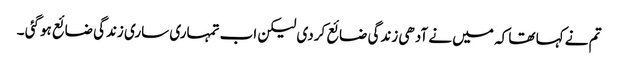
تم نے کہا تھا کہ میں نے آدھی زندگی ضائع کردی لیکن اب تمہاری ساری زندگی ضائع ہوگئی ۔